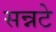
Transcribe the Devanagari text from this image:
सन्नटे